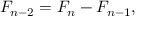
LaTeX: F _ { n - 2 } = F _ { n } - F _ { n - 1 } ,